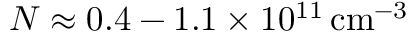
N \approx \mathrm { 0 . 4 - 1 . 1 \times 1 0 ^ { 1 1 } \, c m ^ { - 3 } }